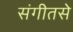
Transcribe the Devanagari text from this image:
संगीतसे